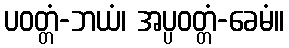
ပဝတ္တံ-ဘယံ၊ အပ္ပဝတ္တံ-ခေမံ။